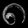
Digit: ၈